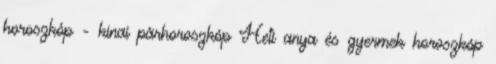
horoszkóp - kínai párhoroszkóp Heti anya és gyermek horoszkóp